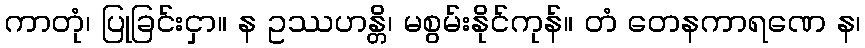
ကာတုံ၊ ပြုခြင်းငှာ။ န ဥဿဟန္တိ၊ မစွမ်းနိုင်ကုန်။ တံ တေနကာရဏေ န၊